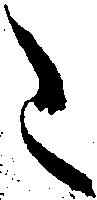
こ